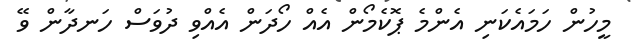
މީހުން ހަމައެކަނި އެންމެ ޕޮކެމޯން އެއް ހޯދަން އެއްވި ދުވަސް ހަނދާން ވޭ